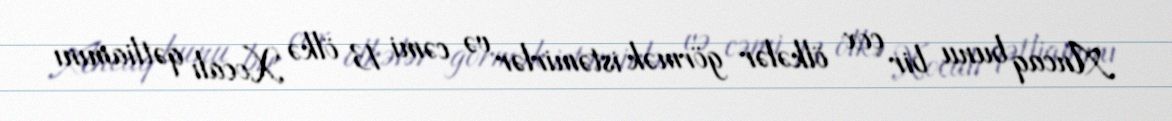
Ancaq bunu bir çox ölkələr görmək istəmirlər və cəmi 13 ölkə Xocalı qətliamını